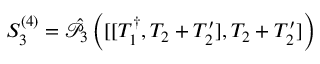
S _ { 3 } ^ { ( 4 ) } = \hat { \mathcal { P } } _ { 3 } \left( [ [ T _ { 1 } ^ { \dagger } , T _ { 2 } + T _ { 2 } ^ { \prime } ] , T _ { 2 } + T _ { 2 } ^ { \prime } ] \right)